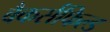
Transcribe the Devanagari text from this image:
बैकर्सफिल्ड